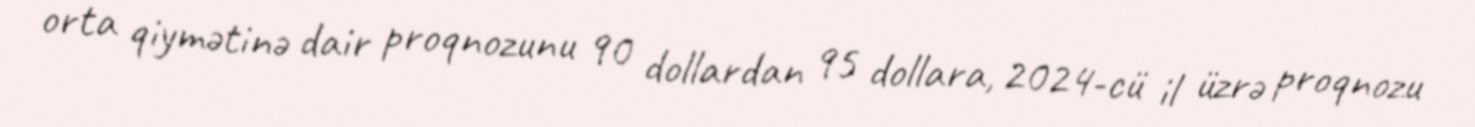
orta qiymətinə dair proqnozunu 90 dollardan 95 dollara, 2024-cü il üzrə proqnozu